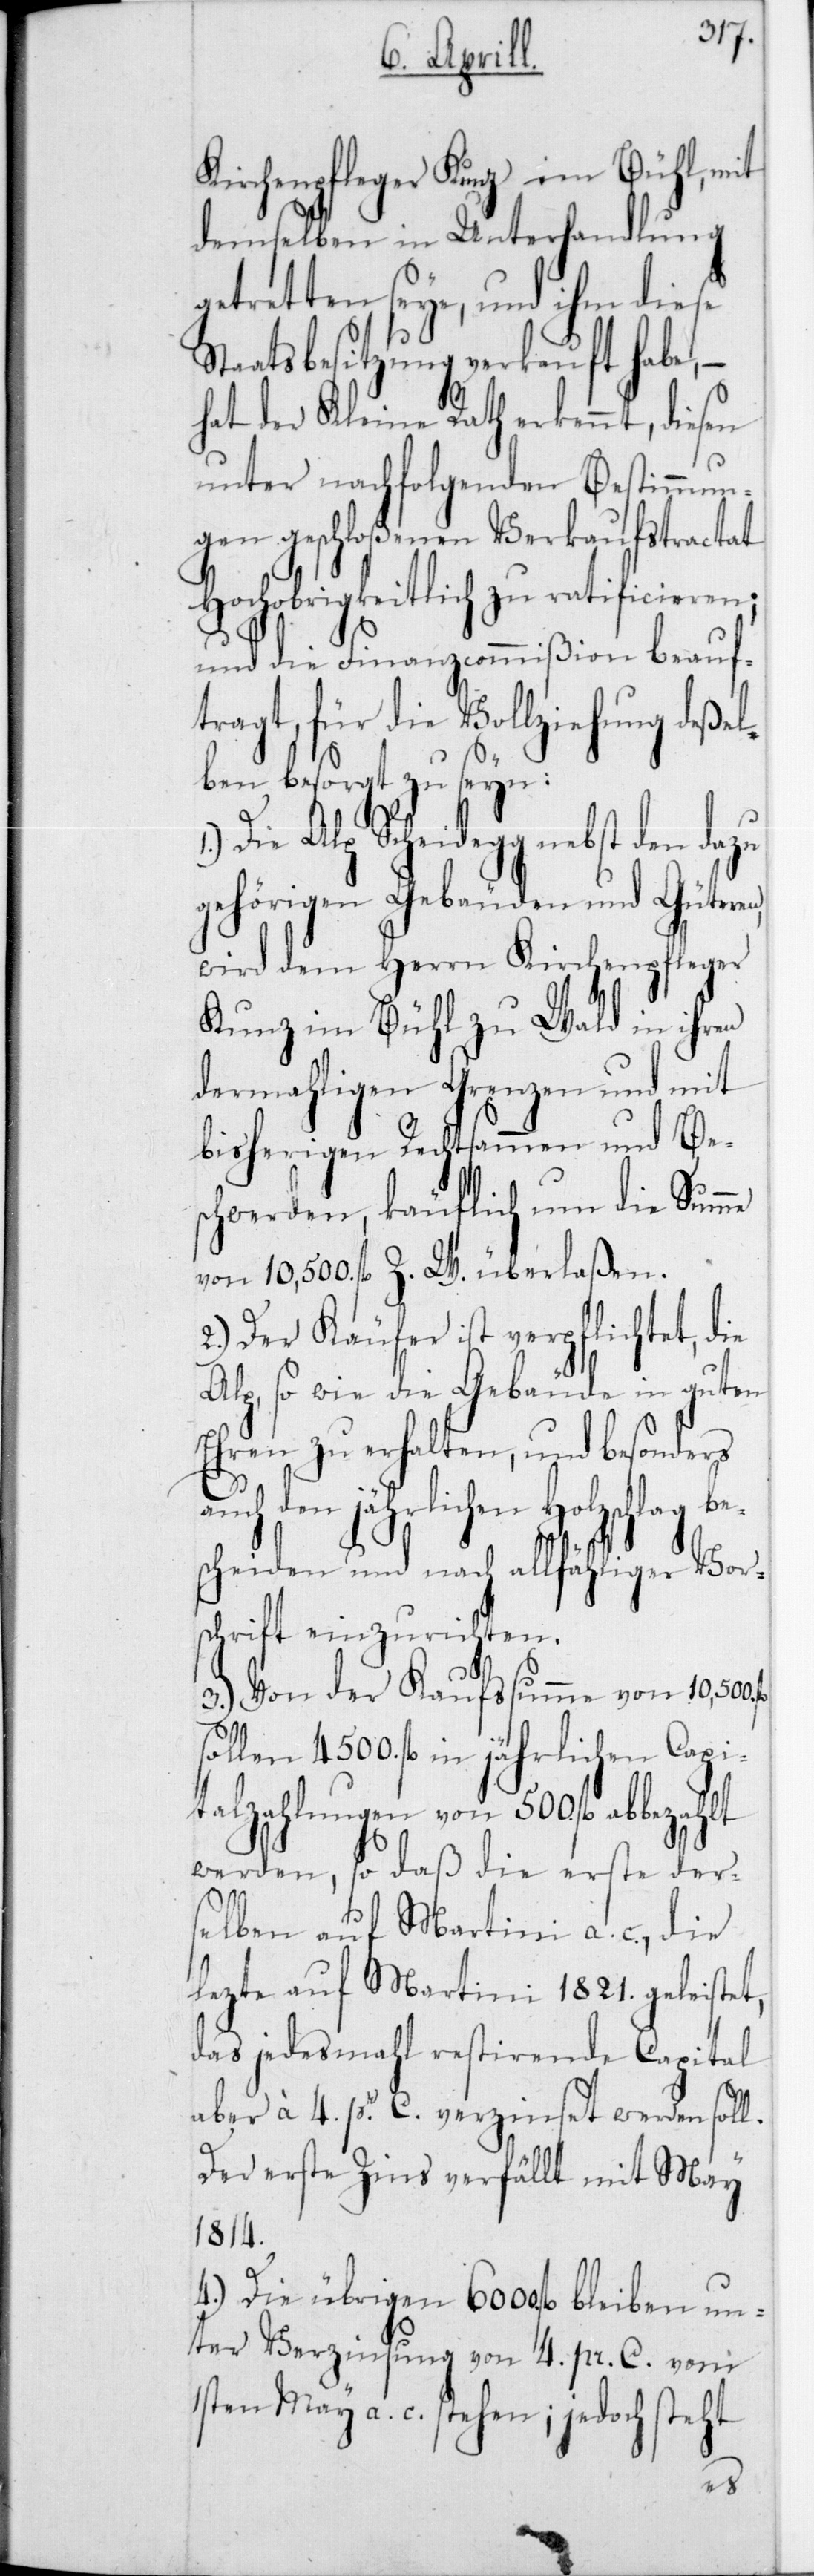
Kirchenpfleger Kunz im Bühl, mit
demselben in Unterhandlung
getretten seye, und ihm diese
Staatsbesitzung verkauft habe, –
hat der Kleine Rath erkennt, diesen
unter nachfolgenden Bestimmun¬
gen geschlossenen Verkaufstractat
Hochobrigkeitlich zu ratificieren;
und die Finanzcommißion beauf¬
tragt, für die Vollziehung deßel¬
ben besorgt zu seyn:
Die Alp Scheidegg nebst den
gehörigen Gebäuden und Güteren,
wird dem Herrn Kirchenpfleger
Kunz im Bühl zu Wald in ihren
dermahligen Grenzen und mit
bisherigen Rechtsammen und Be¬
schwerden, käuflich um die Summe
von 10'500 fl. Z. W. überlaßen.
2.) Der Käufer ist verpflichtet, die
Alp, sowie die Gebäude in guten
Ehren zu erhalten, und besonders
a¬
uch den jährlichen Holzschlag
scheiden und nach allfähliger Vor¬
schrift einzurichten.
3.) Von der Kaufsumme von 10'500
sollen 4500 fl. in jährlichen Capi¬
talzahlungen von 500 fl. abbezahlt
werden, so daß die erste der¬
selben auf Martini a. c., die
lezte auf Martini 1821 geleistet,
das jedesmahl restierende Capital
aber à 4 per C. verzinset werden soll.
Der erste Zins verfällt mit May
1814.
4.) Die übrigen 6000 fl. bleiben un¬
ter Verzinsung von 4 per C. vom
1sten May a. c. stehen; jedoch steht
be¬